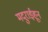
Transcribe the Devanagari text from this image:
मदुराईहून